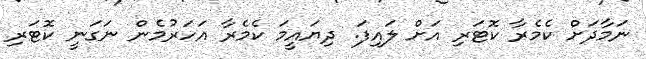
ނަމާދަށް ކެމެރާ ކޮޓަރި އަށް ލައިފަ. ދިޔައީމަ ކެމެރާ އަހަރުމެން ނަގަނީ ކޮޓަރި